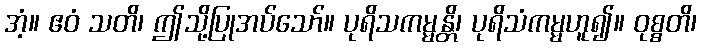
အံ့။ ဧဝံ သတိ၊ ဤသို့ပြုအပ်သော်။ ပုရိသကမ္မန္တိ၊ ပုရိသံကမ္မဟူ၍။ ဝုစ္စတိ၊